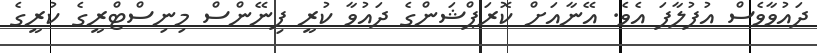
ދައުވާވެސް އުފުލާފަ އެވެ. އޭނާއަށް ކޮރަޕްޝަންގެ ދައުވާ ކުރީ ފިނޭންސް މިނިސްޓްރީގެ ކުރީގެ